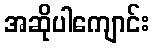
အဆိုပါကျောင်း